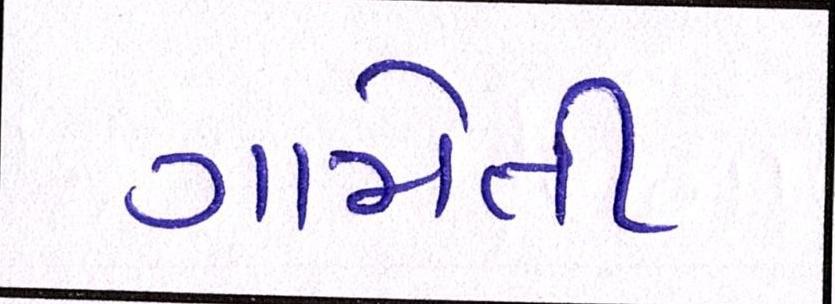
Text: ગામેતી